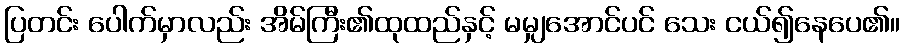
ပြတင်း ပေါက်မှာလည်း အိမ်ကြီး၏ထုထည်နှင့် မမျှအောင်ပင် သေး ငယ်၍နေပေ၏။